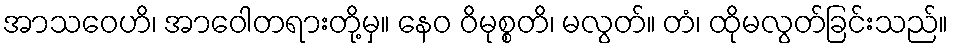
အာသဝေဟိ၊ အာဝေါတရားတို့မှ။ နေဝ ဝိမုစ္စတိ၊ မလွတ်။ တံ၊ ထိုမလွတ်ခြင်းသည်။